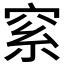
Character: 𥥮